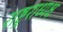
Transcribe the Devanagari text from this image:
राष्ट्रराध्यक्ष